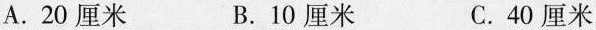
A.20厘米 B.10厘米 C.40厘米